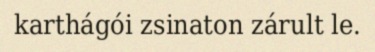
karthágói zsinaton zárult le.